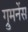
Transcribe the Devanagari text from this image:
ग्रुमनेंस